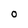
Character: 0